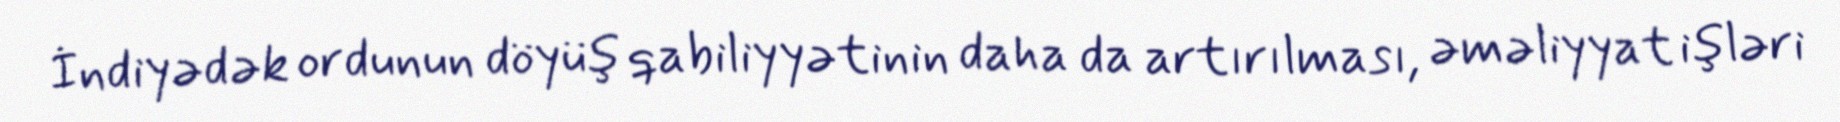
İndiyədək ordunun döyüş qabiliyyətinin daha da artırılması, əməliyyat işləri